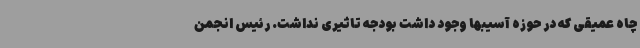
چاه عمیقی که در حوزه آسیبها وجود داشت بودجه تاثیری نداشت. رئیس انجمن